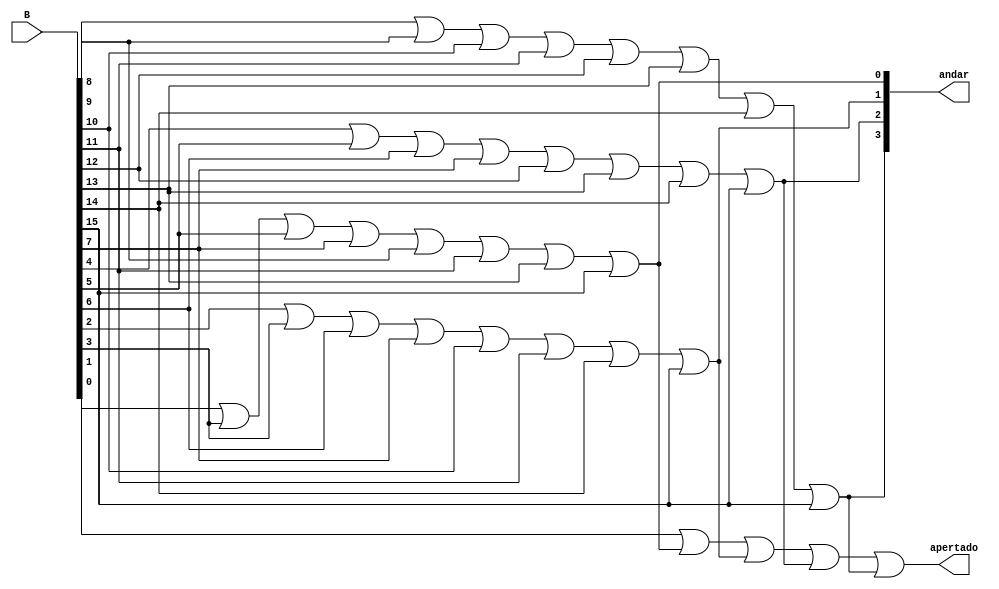
// determina o andar do botao apertado, passando para um array d 4 bits

module detectabotao ( 

input [15:0] B,
output [3:0] andar,
output apertado
);

    assign andar[3] = B[8] | B[9] | B[10] | B[11] | B[12] | B[13] | B[14] | B[15];
    assign andar[2] = B[4] | B[5] | B[6] | B[7] | B[12] | B[13] | B[14] | B[15];
    assign andar[1] = B[2] | B[3] | B[6] | B[7] | B[10] | B[11] | B[14] | B[15];
    assign andar[0] = B[1] | B[3] | B[5] | B[7] | B[9] | B[11] | B[13] | B[15];

    assign apertado = B[0] | andar[0] | andar[1] | andar[2] | andar[3];

endmodule